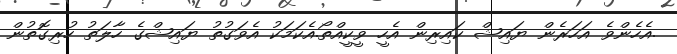
.އެހެންވެ އަހަރެން ޔައިޝް ކައިރިން އެހީ ވީކީއްތޯ.އެކަމަކު އެވަގުތު ޔައިޝްގެ ހާލަތު ހުރިގޮތުން